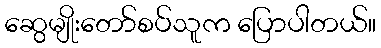
ဆွေမျိုးတော်စပ်သူက ပြောပါတယ်။